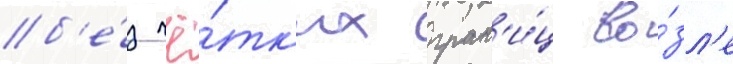
б'е́з чё́тк'их гран'и́ц во́зл'е